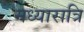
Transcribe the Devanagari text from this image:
मध्यारात्रि